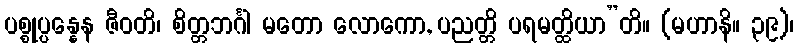
ပစ္စုပ္ပန္နေန ဇီဝတိ၊ စိတ္တဘင်္ဂါ မတော လောကော, ပညတ္တိ ပရမတ္ထိယာ”တိ။ (မဟာနိ။ ၃၉)၊